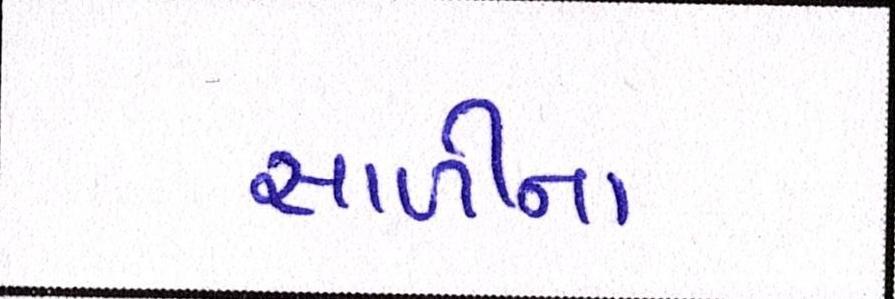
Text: સાળીના